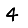
Digit: 4